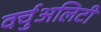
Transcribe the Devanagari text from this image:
वर्चुअलिटी